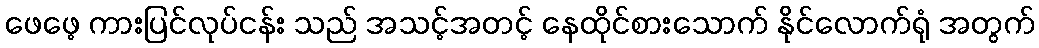
ဖေဖေ့ ကားပြင်လုပ်ငန်း သည် အသင့်အတင့် နေထိုင်စားသောက် နိုင်လောက်ရုံ အတွက်